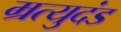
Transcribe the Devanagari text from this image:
म्रत्युदंड